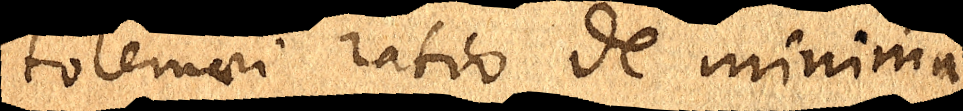
Ptolemaei ratio de minima